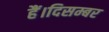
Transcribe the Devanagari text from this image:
हैं।दिसम्बर